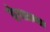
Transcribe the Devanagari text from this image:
हंसाया